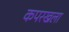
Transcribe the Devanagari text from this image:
कपरखला